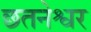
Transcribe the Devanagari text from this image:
छतनेश्वर